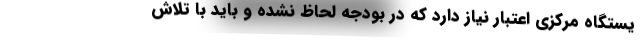
یستگاه مرکزی اعتبار نیاز دارد که در بودجه لحاظ نشده و باید با تلاش